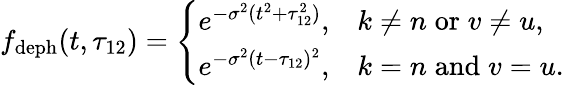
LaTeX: f_{\mathrm{deph}}(t,\tau_{12})=\left\{ \begin{array}{ll}{e^{-\sigma^{2}(t^{2}+\tau_{12}^{2})},}&{k\neq n\; \mathrm{or}\; v\neq u,}\\ {e^{-\sigma^{2}(t-\tau_{12})^{2}},}&{k=n\; \mathrm{and}\; v=u.}\end{array}\right.